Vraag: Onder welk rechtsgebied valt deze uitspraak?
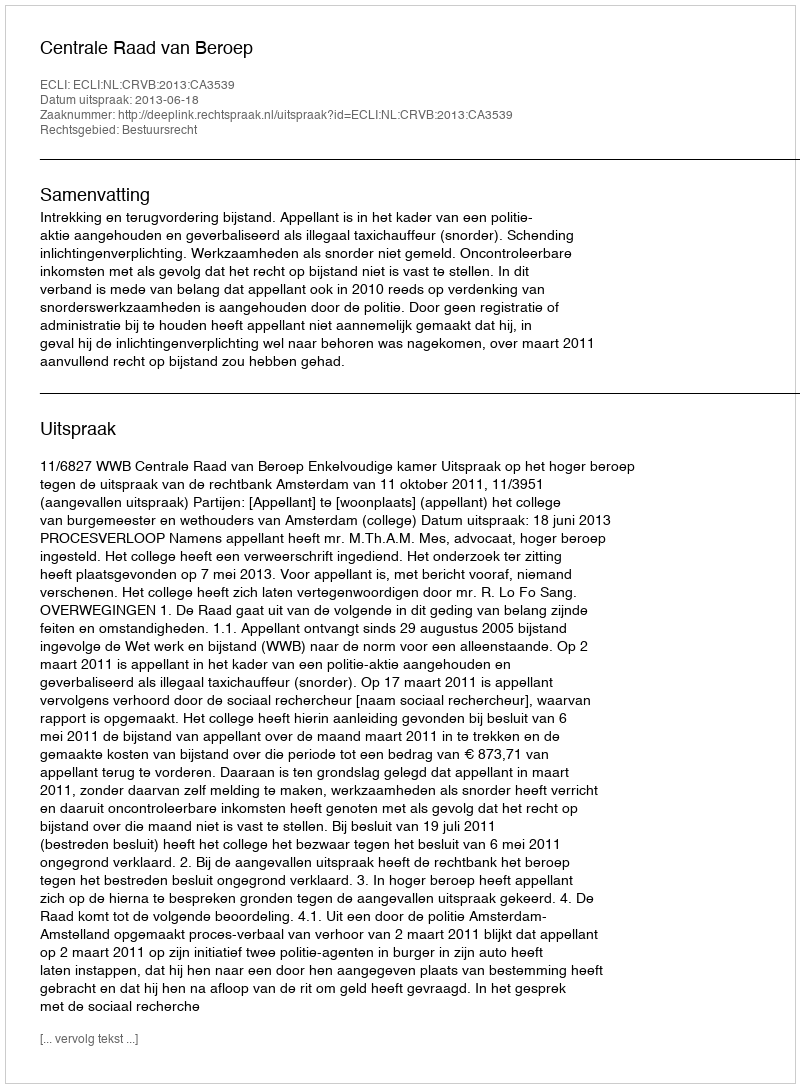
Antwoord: Bestuursrecht